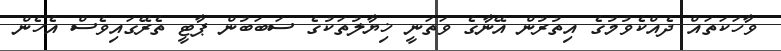
ވާހަކަތައް ދެއްކެވުމުގެ އިތުރުން އޭނާގެ ވަތަނީ ޚިޔާލުތަކުގެ ސަބަބުން ޕާޓީ ތެރޭގައިވެސް އެހެން